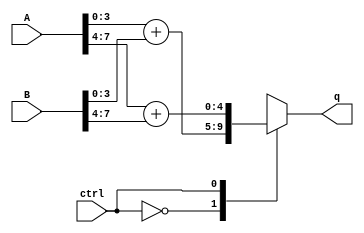
`timescale 1ns / 1ps
//////////////////////////////////////////////////////////////////////////////////
// Company: SUTD
// 
// Design Name: nibbleadd DSL
// Module Name: nibleadd
// Project Name: HW4
// Target Devices: 
// Tool Versions: 
// Description: 
// 
// Dependencies: 
// 
// Revision:
// Revision 0.01 - File Created
// Additional Comments:
// 
//////////////////////////////////////////////////////////////////////////////////


//!DO NOT MODIFY MODULE NAME AND PORT NAME!
module nibbleadd(
    input [7:0]A,
    input [7:0]B,
    input ctrl,
    output [4:0]q
);
    
// Internal signal to hold and drive the output
reg [4:0]q_reg;

// Assign internal register to output
assign q = q_reg;

always @(A,B,ctrl) begin // re-register output when there's any changes in the input
    case(ctrl) // to check whether the lowest 4 bits or the upper 4 bits should be summed
        1'b0: q_reg = A[3:0] + B[3:0];
        1'b1: q_reg = A[7:4] + B[7:4];
        default: q_reg = 5'bxxxxx; //default case is undefined
    endcase
end
endmodule